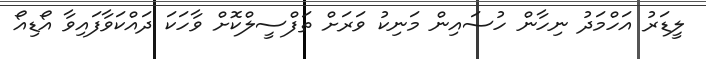
ލީޑަރު އަހްމަދު ނިހާން ހުސައިން މަނިކު ވަރަށް ތަފްސީލްކޮށް ވާހަކަ ދައްކަވާފައިވާ އޯޑިއޯ